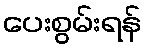
ပေးစွမ်းရန်